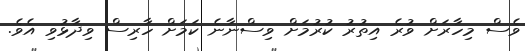
ވެސް މިހާރަށް ވުރެ އިތުރު ކުރުމަށް ވިސްނާނެ ކަމަށް ހާރިސް ވިދާޅުވި އެވެ.